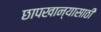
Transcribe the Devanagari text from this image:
छापखान्यासाठी